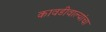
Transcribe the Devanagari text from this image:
कावडीवाल्यांचा